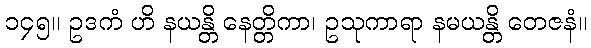
၁၄၅။ ဥဒကံ ဟိ နယန္တိ နေတ္တိကာ၊ ဥသုကာရာ နမယန္တိ တေဇနံ။